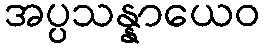
အပ္ပသန္နာယေဝ